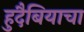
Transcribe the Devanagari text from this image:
हुदैबियाचा